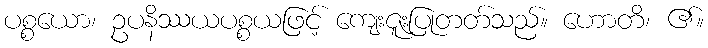
ပစ္စယော၊ ဥပနိဿယပစ္စယဖြင့် ကျေးဇူးပြုတတ်သည်။ ဟောတိ၊ ၏။